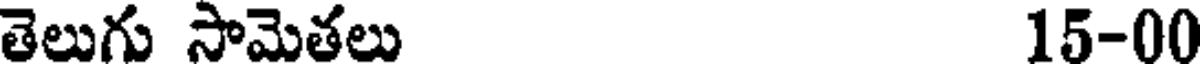
తెలుగు సామెతలు 15-00